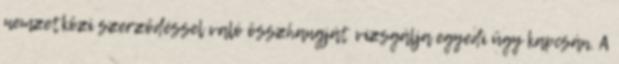
nemzetközi szerződéssel való összhangját vizsgálja egyedi ügy kapcsán. A